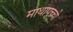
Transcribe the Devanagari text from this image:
माथापच्‍ची